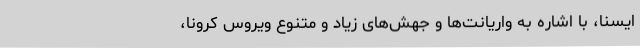
ایسنا، با اشاره به واریانت‌ها و جهش‌های زیاد و متنوع ویروس کرونا،